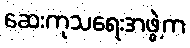
ဆေးကုသရေးအဖွဲ့က